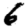
Digit: 6